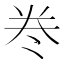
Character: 𭑊